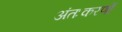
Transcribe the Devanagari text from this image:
अंतःकरणों